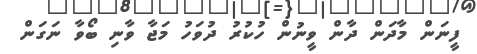
ފީނަން މާދަން ދާން ވީނުން ހުކުރު ދުވަހު މަޖާ ވާނި ބޯވާ ނަގަން